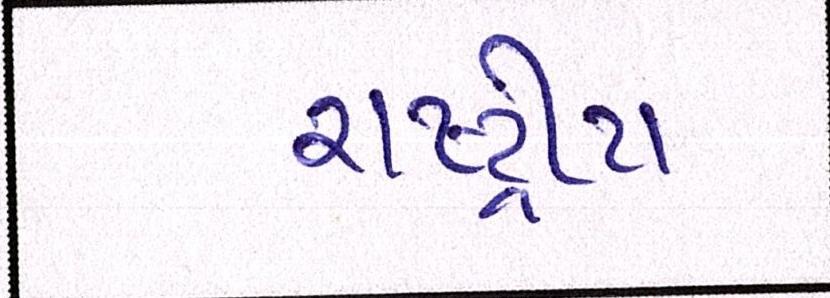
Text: રાષ્ટ્રીય